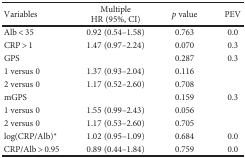
| Variables | MultipleHR (95%, CI) | p value | PEV |
 | --- | --- | --- | --- |
 | Alb < 35 | 0.92 (0.54–1.58) | 0.763 | 0.0 |
 | CRP > 1 | 1.47 (0.97–2.24) | 0.070 | 0.3 |
 | GPS |  | 0.287 | 0.3 |
 | 1 versus 0 | 1.37 (0.93–2.04) | 0.116 |  |
 | 2 versus 0 | 1.17 (0.52–2.60) | 0.708 |  |
 | mGPS |  | 0.159 | 0.3 |
 | 1 versus 0 | 1.55 (0.99–2.43) | 0.056 |  |
 | 2 versus 0 | 1.17 (0.53–2.60) | 0.705 |  |
 | log(CRP/Alb)∗ | 1.02 (0.95–1.09) | 0.684 | 0.0 |
 | CRP/Alb > 0.95 | 0.89 (0.44–1.84) | 0.759 | 0.0 |